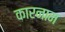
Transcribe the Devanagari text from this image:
कारनाम